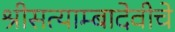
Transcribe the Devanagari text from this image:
श्रीसत्याम्बादेवीचे